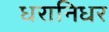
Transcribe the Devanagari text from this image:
धरानिधर